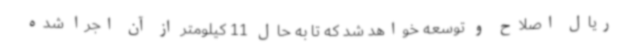
ریال اصلاح و توسعه خواهد شد که تا به حال 11 کیلومتر از آن اجرا شده